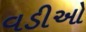
વડીઓ